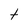
Character: t